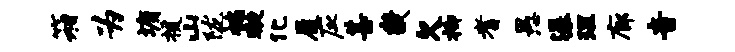
箱为墉援山陇褊璇化履应甚畿欠柳耆愚瀑理廊音